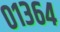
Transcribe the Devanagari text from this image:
०१३६४